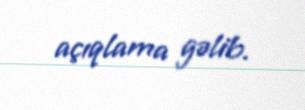
açıqlama gəlib.